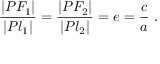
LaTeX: { \frac { | P F _ { 1 } | } { | P l _ { 1 } | } } = { \frac { | P F _ { 2 } | } { | P l _ { 2 } | } } = e = { \frac { c } { a } } \ .